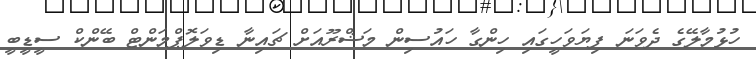
ހުޅުމާލޭގެ ދެވަނަ ފިޔަވަހީގައި ހިންގާ ހައުސިން މަޝްރޫއަށް ޗައިނާ ޑިވަލޮޕްމަންޓް ބޭންކް ސީޑީބީ